Annual report on the working of the lock hospitals in the Central Provinces
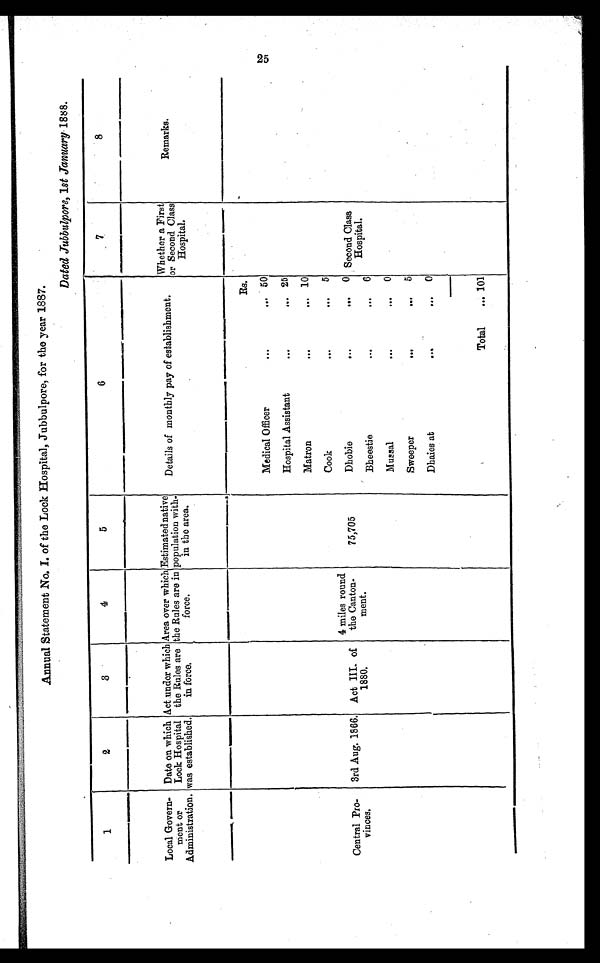
Annual Statement No. I. of the Lock Hospital, Jubbulpore, for the year 1887.
Dated Jubbulpore, lst January 1888.
1
2
3
4
5
6
7
8
Local Govern-
ment or
Administration.
Date on which
Lock Hospital
was established.
Act under which
the Rules are
in force.
Area over whic
the Rules are in
force.
Estimated native
population with-
in the area.
Details of monthly pay of establishment.
Whether a First
or Second Class
Hospital.
Remarks.
Rs.
Medical Officer
... ... 50
Hospital Assistant
...
... 25
Matron
...
... 10
Cook
...
... 5
4 miles round
the Canton-
ment.
Central Pro-
vinces.
3rd Aug. 1866. Act III, of
1880.
75,705
Dhobie
...
...
0 Second Class
Hospital.
Bheestie
... ... 6
Mussal
...
... 0
Sweeper
...
... 5
. . .
Dhaies at
...
... 0
Total
... 101
25